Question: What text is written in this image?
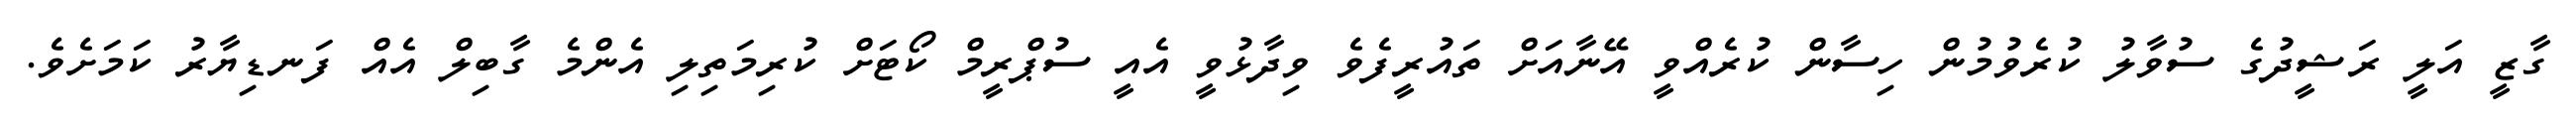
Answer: ގާޒީ އަލީ ރަޝީދުގެ ސުވާލު ކުރެވުމުން ހިސާން ކުރެއްވީ އޭނާއަށް ތައުރީފެވެ ވިދާޅުވީ އެއީ ސުޕްރީމް ކޯޓަށް ކުރިމަތިލި އެންމެ ގާބިލް އެއް ފަނޑިޔާރު ކަމަށެވެ.